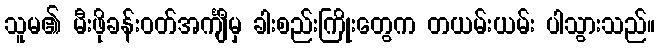
သူမ၏ မီးဖိုခန်းဝတ်အင်္ကျီမှ ခါးစည်းကြိုးတွေက တယမ်းယမ်း ပါသွားသည်။